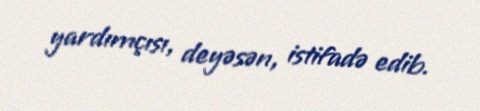
yardımçısı, deyəsən, istifadə edib.